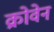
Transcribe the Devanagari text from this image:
क्रोवेन